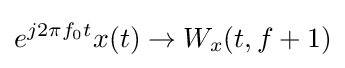
e^{j2\pi f_{0}t}x(t)\rightarrow W_{x}(t,f+1)